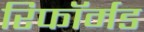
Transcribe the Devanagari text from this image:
रिफॉर्मड